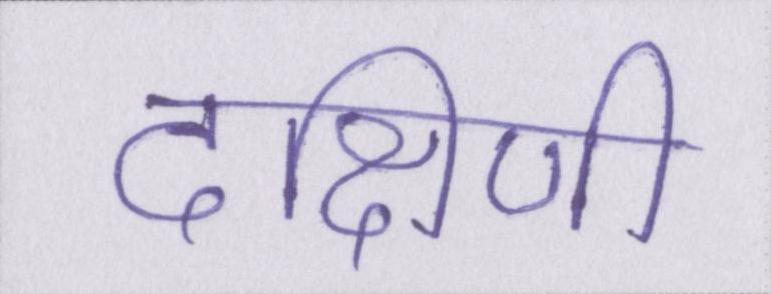
दक्षिणी